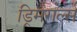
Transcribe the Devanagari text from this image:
ड्रिमगर्ल्स